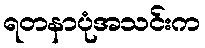
ရတနာပုံအသင်းက